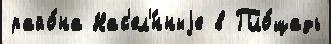
райо́на Нас'ел'́нныjе в Пло́щадь